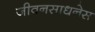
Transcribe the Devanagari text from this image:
जीवनसाधनेस